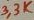
Text: 33K